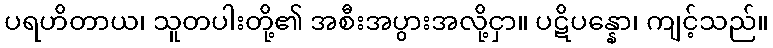
ပရဟိတာယ၊ သူတပါးတို့၏ အစီးအပွားအလို့ငှာ။ ပဋိပန္နော၊ ကျင့်သည်။